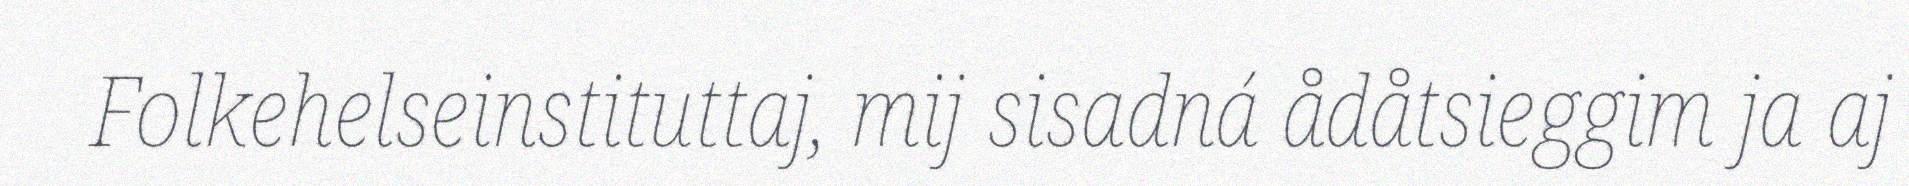
Folkehelseinstituttaj, mij sisadná ådåtsieggim ja aj